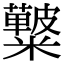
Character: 𥽚